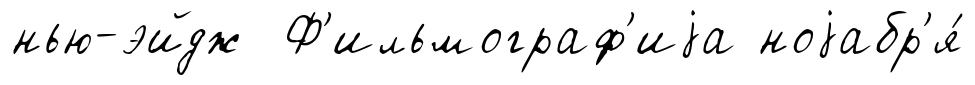
нью-эйдж Ф'ильмограф'иjа ноjабр'я́